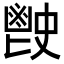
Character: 𩰡